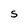
Character: S